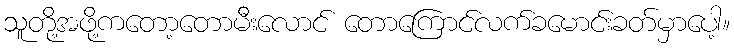
သူတို့အဖို့ကတော့တောမီးလောင် တောကြောင်လက်ခမောင်းခတ်မှာပေါ့။